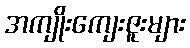
အကျိုးကျေးဇူးများ